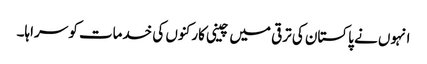
انہوں نے پاکستان کی ترقی میں چینی کارکنوں کی خدمات کو سراہا۔